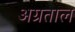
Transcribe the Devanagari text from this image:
अग्रताल